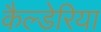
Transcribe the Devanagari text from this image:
कैल्डेरिया